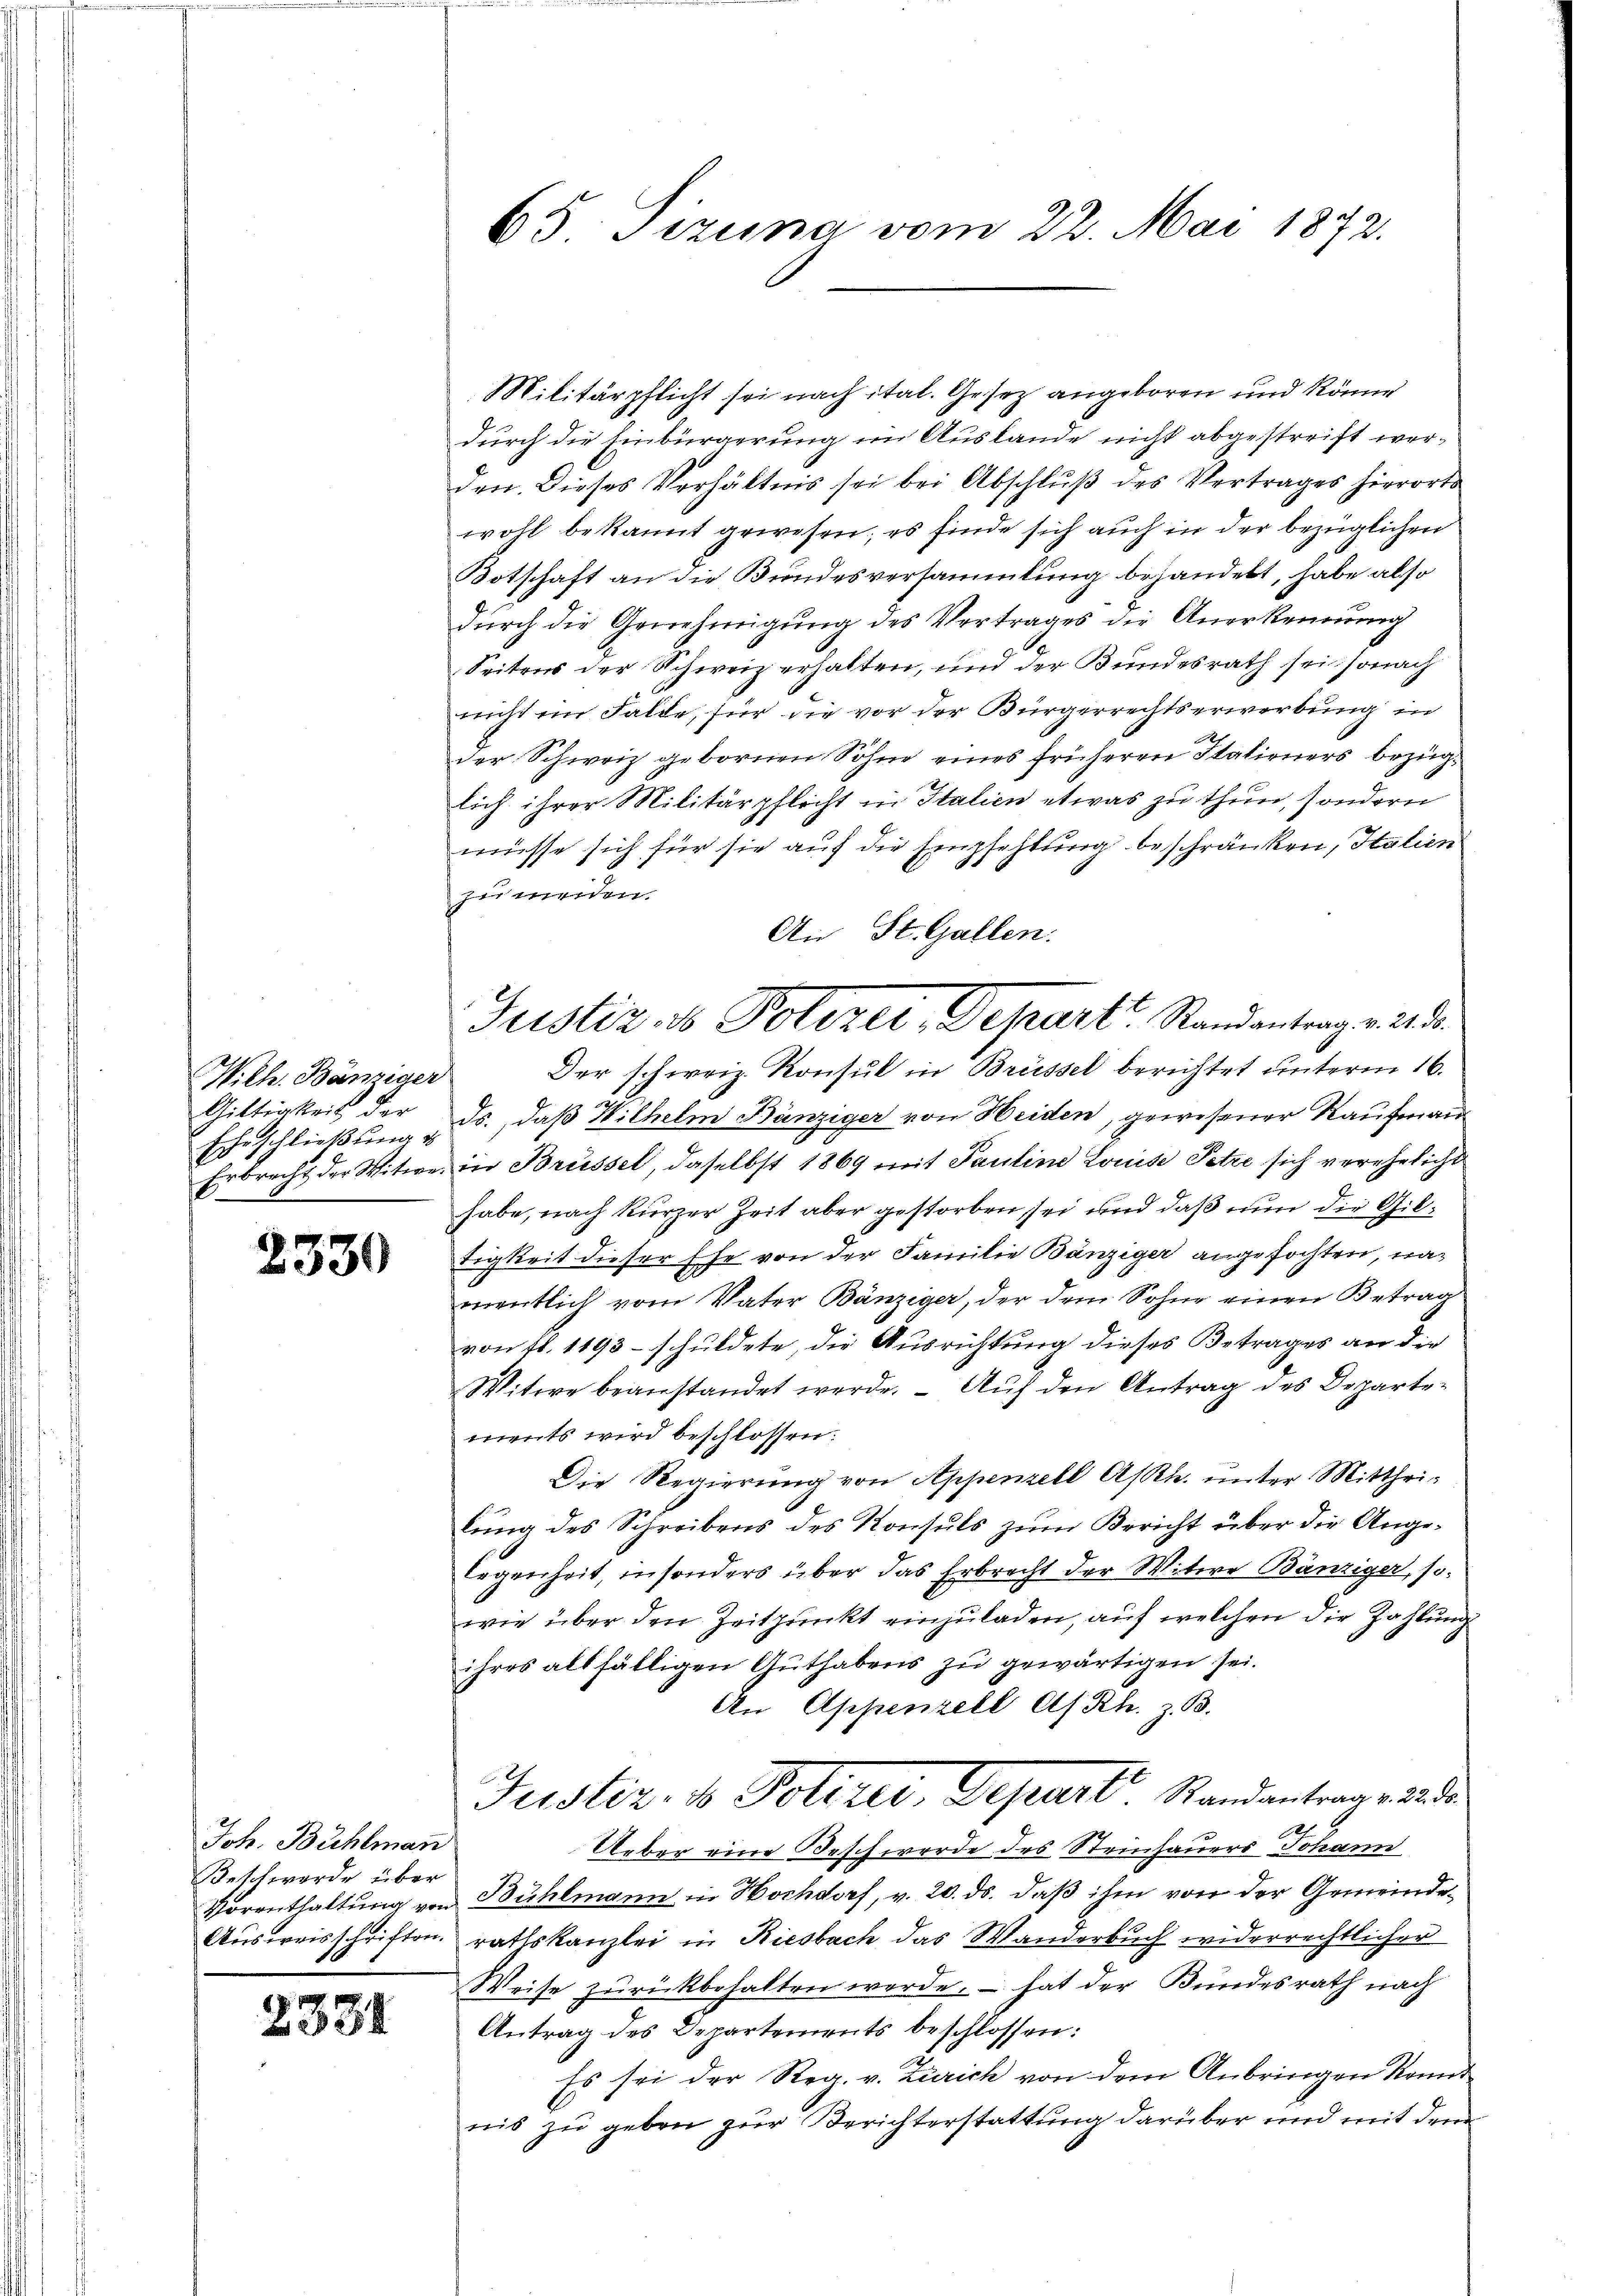
Eheschließung u

2330

Joh. Bühlmann
Beschwerde über
Ausweisschriften.

2331

65 Tizuna vom 22. Mai 1872.

Militärpflicht sei nach ital. Gesez angeboren und könne
durch die Einbürgerung im Auslande nicht abgestreift werden. Dieses Verhältnis sei bei Abschluß des Vertrages hierorts
wohl bekannt gewesen; es finde sich auch in der bezüglichen
Botschaft an die Bundesversammlung behandelt, habe also
dŭrch die Genehmigŭng des Vertrages die Anerkennung
Seitens der Schweiz erhalten, und der Bundesrath sei sonach
nicht ein Falde, für die vor der Bürgerrechtserwerbung in
der Schweiz gebornen Söhne eines früheren Italieners bezüglich ihrer Militärpflicht in Italien etwas zu thun, sondern
müsse sich für sie auf die Empfehlung beschränken, Italien
zu werden.
An St. Gallen.
Wilh. Bänziger Der schweiz. Konsul in Brüssel berichtet ŭnterm 16.
Giltigkeit der ds., daβ Wilhelm Bänziger von Heiden, gewesener Kaufman¬
Erbrecht der Witwe in Brüssel, daselbst 1869 mit Pauline Louise Petze sich verehelicht
habe, nach kurzer Zeit aber gestorben, sei und daß nun die Giltigkeit dieser Ehe von der Familie Bänziger angefochten, namentlich vom Vater Bänziger, der dem Sohne einen Betrag
von fl. 1193 - schuldete, die Ausrichtung dieses Betrages an die
Witwe beanstandet werde. – Auf den Antrag des Departements wird beschlossen:
Die Regierŭng von Appenzell Asth. ŭnter Mitthei-
lŭng des Schreibens des Konsuls zŭm Bericht über die Ange-
legenheit, insonders über das Erbrecht der Witwe Bänziger, so-
wie über den Zeitpunkt einzuladen, auf welchen die Zahlung
ihres allfälligen Authabens zu gewärtigen sei.
An Appenzell A/Rh. z. B.
Justiz- & Polizei, Depart. Standantrage an de
Ueber eine Beschwerde des Steinhauers Johann
Vorenthaltung von Bühlmann in Hochdorf, v. 20. ds. daß ihm von der Gemeinderathskanzlei in Riesbach das Wanderbuch widerrechtlicher
Weise zurückbehalten werde, – hat der Bundesrath nach
Antrag des Departements beschlossen:
Es sei der Reg. v. Zürich von dem Anbringen konnt
nis zu geben zur Berichterstattung darüber und mit dem

Justiz, es Polizei, Depart. Randantrag v. 2. d.